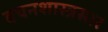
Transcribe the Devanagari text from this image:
वचनशास्त्रसार